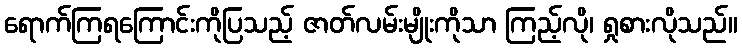
ရောက်ကြရကြောင်းကိုပြသည့် ဇာတ်လမ်းမျိုးကိုသာ ကြည့်လို၊ ရှုစားလိုသည်။